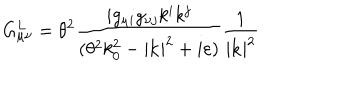
G _ { \mu \nu } ^ { L } = \theta ^ { 2 } \frac { i g _ { \mu i } g _ { \nu j } k ^ { i } k ^ { j } } { ( \theta ^ { 2 } k _ { 0 } ^ { 2 } - | \mathbf { k } | ^ { 2 } + i \varepsilon ) } \frac { 1 } { | \mathbf { k } | ^ { 2 } }